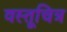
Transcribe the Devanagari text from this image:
वस्तूचित्र